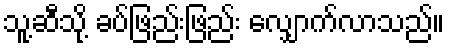
သူ့ဆီသို့ ခပ်ဖြည်းဖြည်း လျှောက်လာသည်။